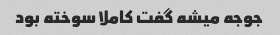
جوجه میشه گفت کاملا سوخته بود